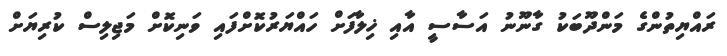
ރައްޔިތުންގެ މަންދޫބަކު ގާނޫނު އަސާސީ އާއި ޚިލާފަށް ހައްޔަރުކޮށްފައި ވަނިކޮށް މަޖިލިސް ކުރިޔަށް